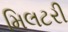
મિલટરી